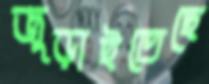
জুড়াইতেছে